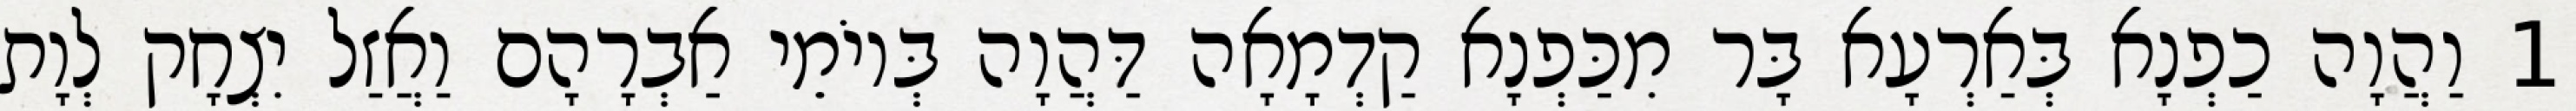
1 וַהֲוָה כַפְנָא בְּאַרְעָא בָּר מִכַּפְנָא קַדְמָאָה דַּהֲוָה בְּיוֹמֵי אַבְרָהָם וַאֲזַל יִצְחָק לְוָת